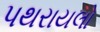
પથરાયલો